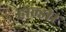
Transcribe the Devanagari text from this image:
हाल्डोर